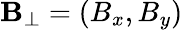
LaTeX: \mathbf{B}_{\perp}=\left(B_{x},B_{y}\right)